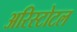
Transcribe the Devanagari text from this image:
अरिस्टोटल